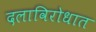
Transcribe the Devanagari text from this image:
दलाविरोधात